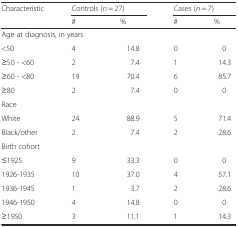
<table><thead><tr><td rowspan="2"><b>Characteristic</b></td><td colspan="2"><b>Controls (<i>n</i> = 27)</b></td><td colspan="2"><b>Cases (<i>n</i> = 7)</b></td></tr><tr><td><b>#</b></td><td><b>%</b></td><td><b>#</b></td><td><b>%</b></td></tr></thead><tbody><tr><td colspan="5">Age at diagnosis, in years</td></tr><tr><td>&lt;50</td><td>4</td><td>14.8</td><td>0</td><td>0</td></tr><tr><td>≥50 - &lt;60</td><td>2</td><td>7.4</td><td>1</td><td>14.3</td></tr><tr><td>≥60 - &lt;80</td><td>19</td><td>70.4</td><td>6</td><td>85.7</td></tr><tr><td>≥80</td><td>2</td><td>7.4</td><td>0</td><td>0</td></tr><tr><td colspan="5">Race</td></tr><tr><td>White</td><td>24</td><td>88.9</td><td>5</td><td>71.4</td></tr><tr><td>Black/other</td><td>2</td><td>7.4</td><td>2</td><td>28.6</td></tr><tr><td colspan="5">Birth cohort</td></tr><tr><td>≤1925</td><td>9</td><td>33.3</td><td>0</td><td>0</td></tr><tr><td>1926-1935</td><td>10</td><td>37.0</td><td>4</td><td>57.1</td></tr><tr><td>1936-1945</td><td>1</td><td>3.7</td><td>2</td><td>28.6</td></tr><tr><td>1946-1950</td><td>4</td><td>14.8</td><td>0</td><td>0</td></tr><tr><td>≥1950</td><td>3</td><td>11.1</td><td>1</td><td>14.3</td></tr></tbody></table>